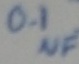
Text: 0.1µF